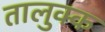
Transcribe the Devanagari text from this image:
तालुक्क